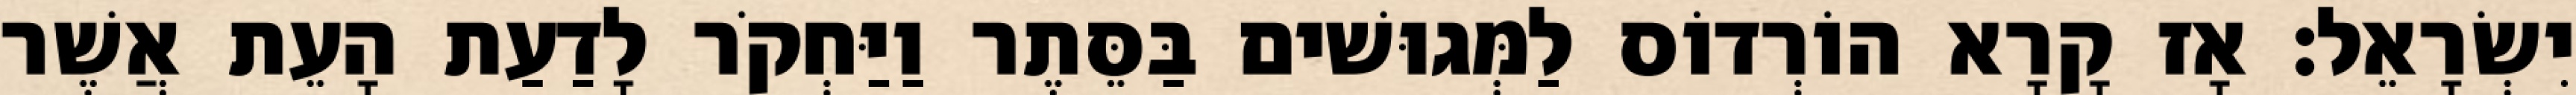
יִשְׂרָאֵל׃ אָז קָרָא הוֹרְדוֹס לַמְּגוּשׁים בַּסֵּתֶר וַיַּחְקֹר לָדַעַת הָעֵת אֲשֶׁר